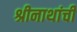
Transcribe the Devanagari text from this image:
श्रीनाथांची